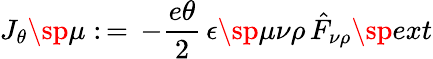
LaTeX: J_{\theta}\sp{\mu}:\, =\, -\frac{e\theta}{2}\, \epsilon\sp{\mu\nu\rho}\, \hat{F}_{\nu\rho}\sp{ext}